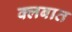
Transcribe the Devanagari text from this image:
क्‍लबात